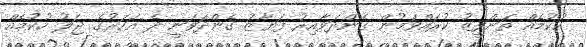
ހުކުމެއް ތަންފީޒު ކުރައްވަމުން ގެންދަވާއިރު ފަޔާޒު ގެންދަވަނީ ދެ އަހަރުގެ ޖަލު ހުކުމެއް